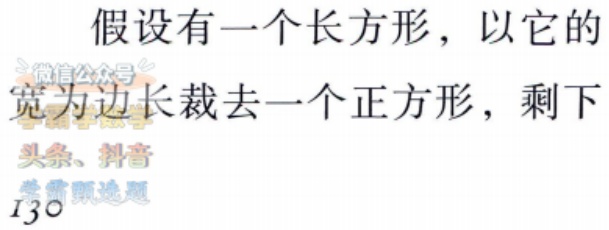
假设有一个长方形，以它的宽为边长裁去一个正方形，剩下
头条、抖音
学霸甄选
$130$